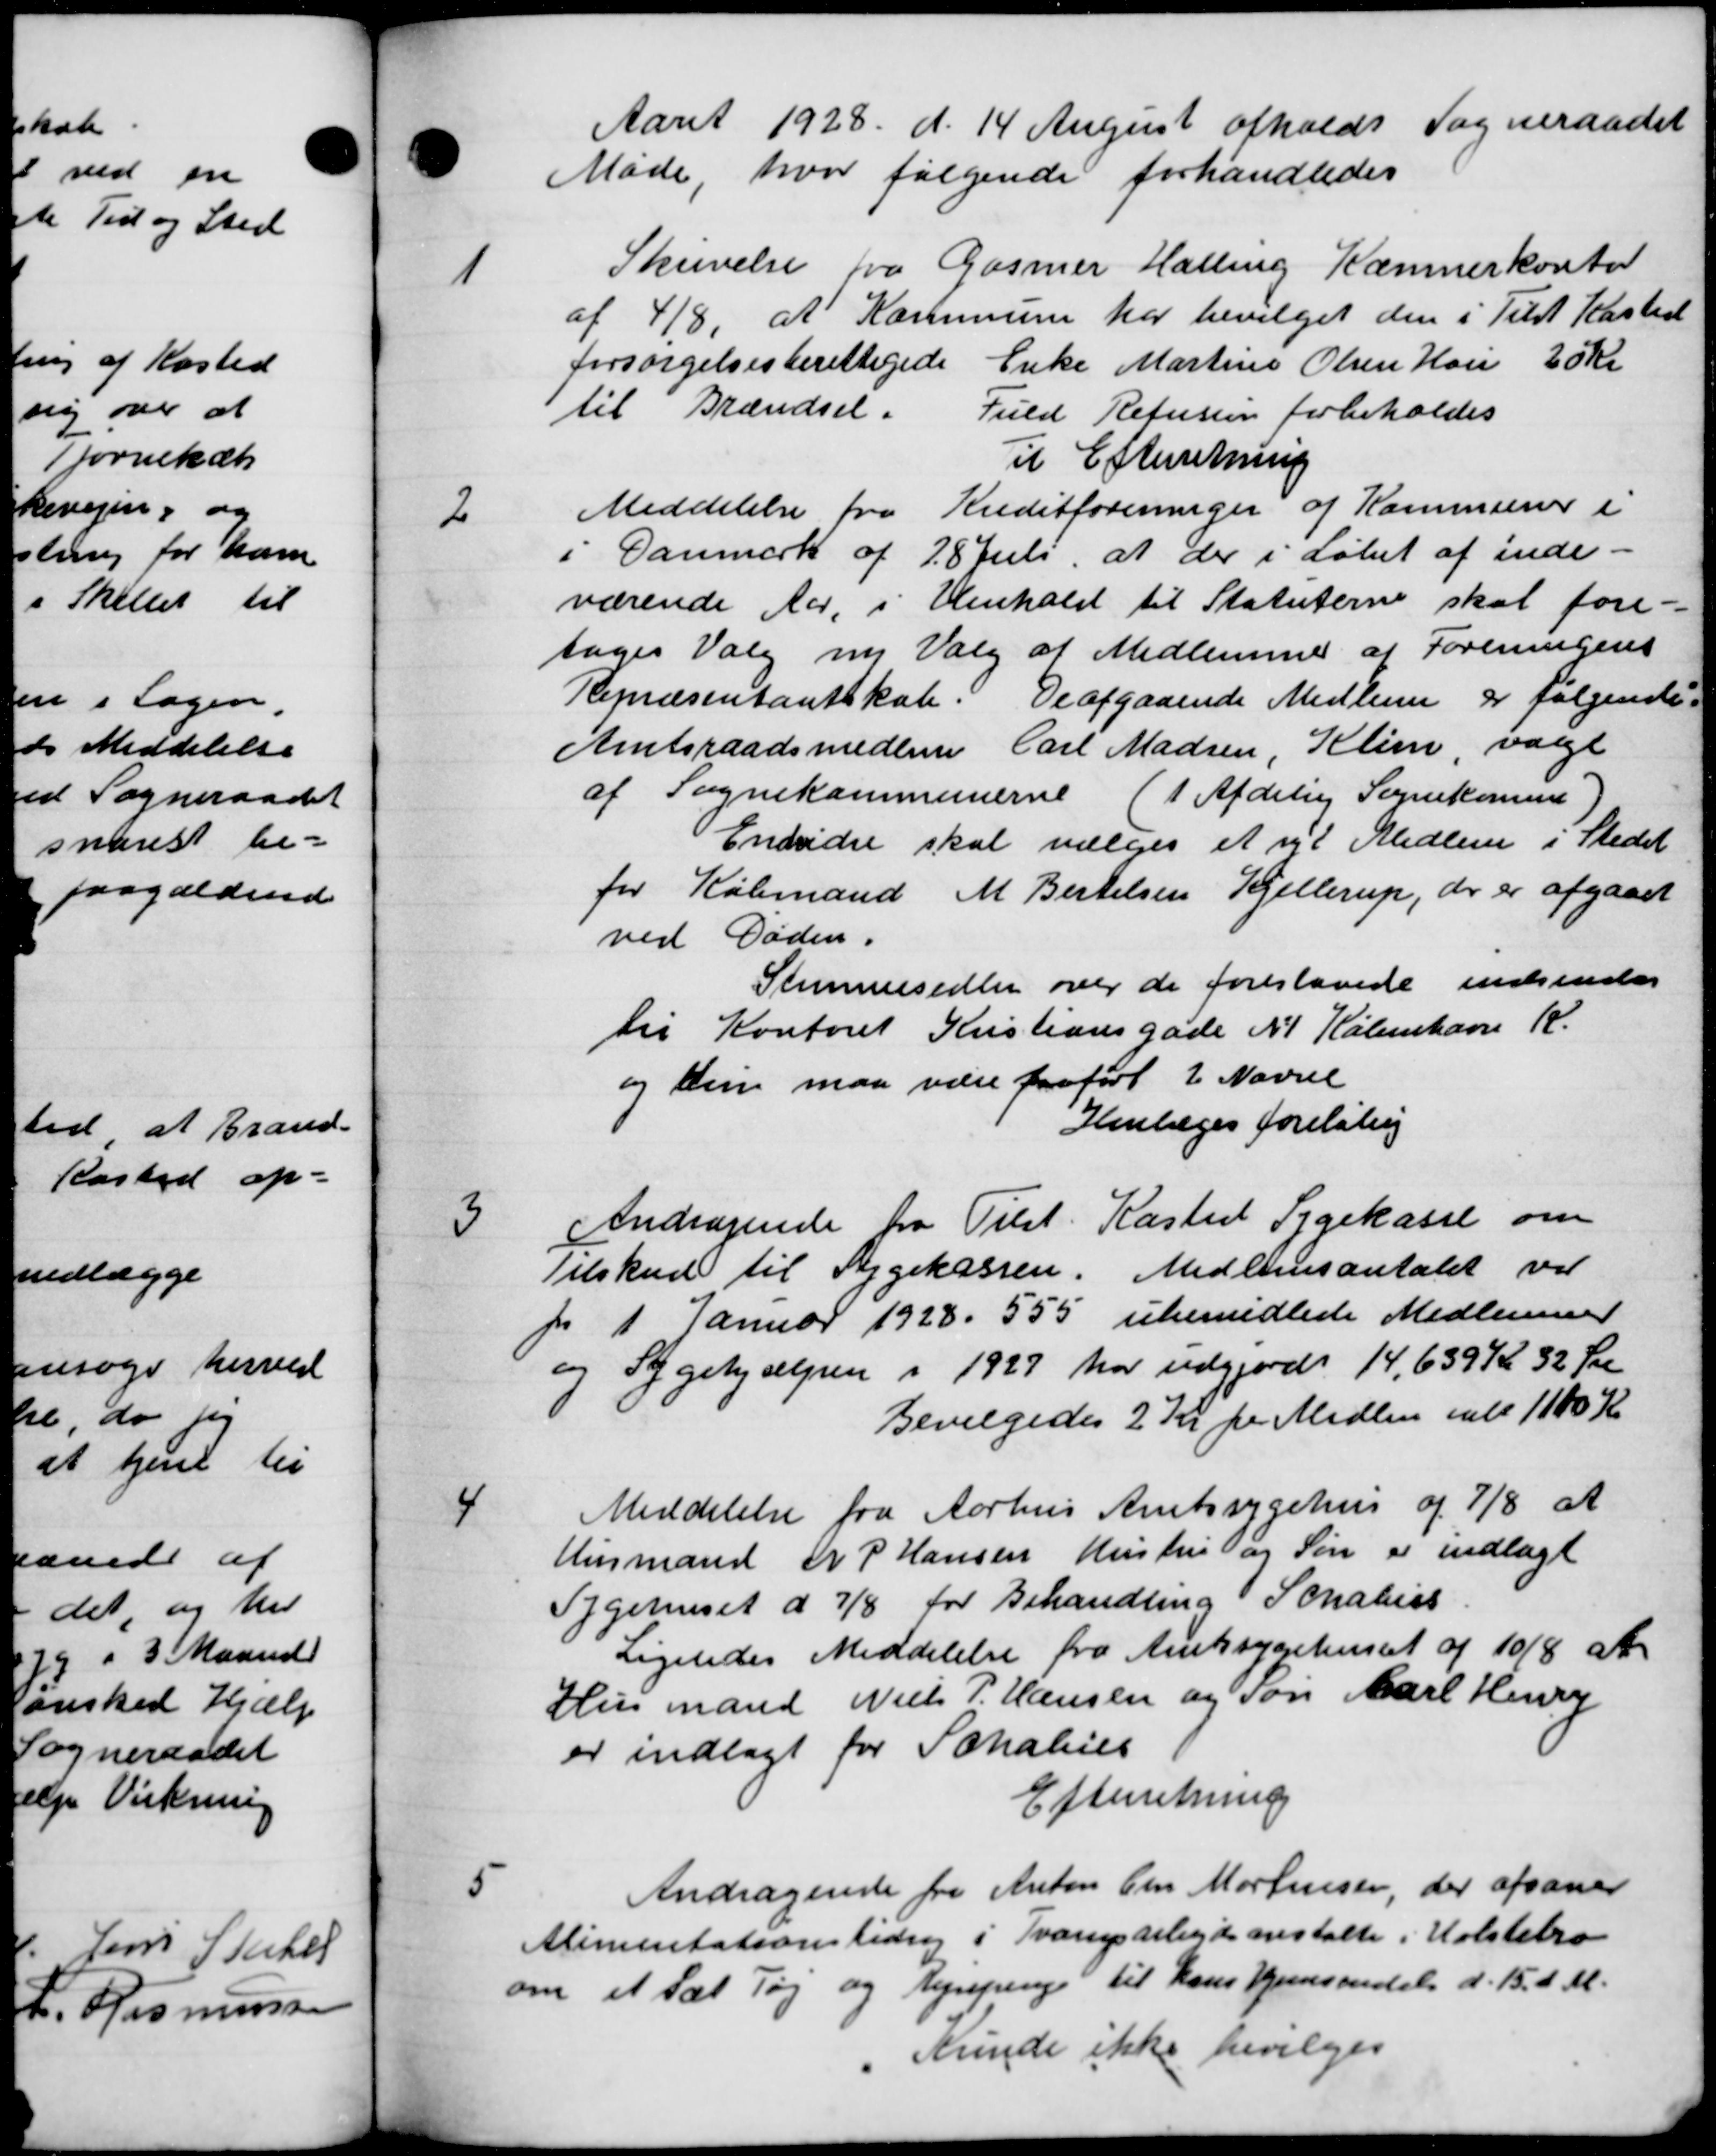
Transskription:
Aaret 1928 d. 14 August afholdt Sogneraadet
Møde hvor følgende forhandledes
1
Skrivelse fra Gasmer Halling Kæmnerkontor
af 418, at Kommune har bevilget den i Tilst Kasted
forsørgelsesberettigede Enke Martine Olsen Han 20 kr
til Brændsel. Fuld Refusion forbeholdes
Til Efterretning
2
Meddelelse fra Kreditforeninger af Kommuner i
i Danmark af 18 Juli, at der i Løbet af inde-
værende Aar, i Henhold til Statuterne skal fore-
tages Valg ny Valg af Medlemmer af Foreningens
Repræsentantskab. De afgaaende Medlem er følgende:
Amtsraadsmedlem Carl Madsen, Klim valgt
af Sognekommunerne (1 Afdelig Sognekomme
Endvidre skal vælges et nyt Medlem i Stedet
for Købmand M. Bertelsen Kjellerup, der er afgaaet
ved Døden.
Stemmesedler over de foreslaaede indsendes
til Kontoret Kristiansgade N. København K.
og den maa være paaført 2 Navne
Henlæges foreløbig
3
Andragende fra Tilst. Kasted Sygekasse om
Tilskud til Sygekassen. Medlemsantalet ved
 1 Januar 1928. 555 ubemidlede Medlemmer
og Sygehjælpen i 1929 har udgjord 14,639 Kr 32 Øre
Bevilgedes 2 Kr pr Medlem ialt 1100 Kr
4
Meddelelse fra Aarhus Amtssygehus af 7/8 at
Husmand Fr P Hansen Hustru og Søn er indlagt
Sygehuset d 7/8 for Behandling Schabers
Ligeledes Meddelelse fra Amtssygehuset af 10/8 at
Husmand Niels P. Hansen og Søn Carl Henry
er indlagt for Schaleis
Efterretning
5
Andragende fra Anton Chr Mortensen, der afsoner
Alimentationsbidrag i Svarup arbejde anstalte i Holstebro
0 1 e Sæt Tøj og Rejsepenge til hans Hjemsendels d. 15. d. M.
Kunde ikke bevilges